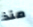
منذ